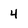
Character: 4